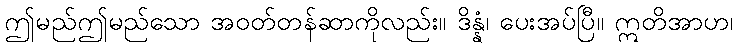
ဤမည်ဤမည်သော အဝတ်တန်ဆာကိုလည်း။ ဒိန္နံ၊ ပေးအပ်ပြီ။ ဣတိအာဟ၊